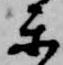
楽